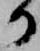
か